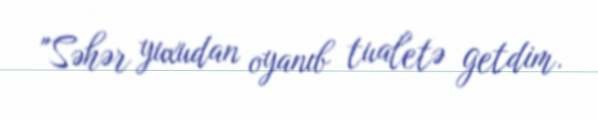
"Səhər yuxudan oyanıb tualetə getdim.